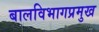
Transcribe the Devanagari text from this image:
बालविभागप्रमुख